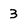
Character: 3